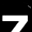
Digit: 7